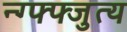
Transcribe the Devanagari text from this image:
न्ग्फ्फ्जुत्य